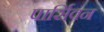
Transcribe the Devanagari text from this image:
पार्सिवन